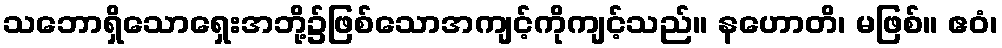
သဘောရှိသောရှေးအဘို့၌ဖြစ်သောအကျင့်ကိုကျင့်သည်။ နဟောတိ၊ မဖြစ်။ ဧဝံ၊